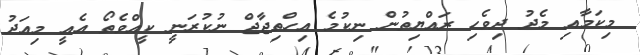
މިކަމާއި މެދު ދިވެހި ރައްޔިތުން ނިކުމެ އިހްތިޖާޖް ނުކުރަނީ ކީއްވެތޯ އެއީ މިއަދު